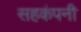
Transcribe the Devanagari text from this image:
सहकंपनी